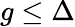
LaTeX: g\le\Delta